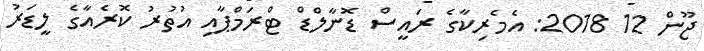
ޖޫން 12 2018: އެމެރިކާގެ ރައީސް ޑޮނާލްޑް ޓްރަމްޕާއި އުތުރު ކޮރެއާގެ ލީޑަރު